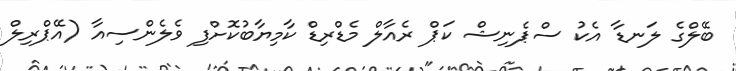
ބޭލްގެ ލަނޑާ އެކު ސްޕެނިޝް ކަޕް ރެއާލް މެޑްރިޑް ކާމިޔާބުކޮށްފި ވެލެންސިއާ (އޭޕްރިލް